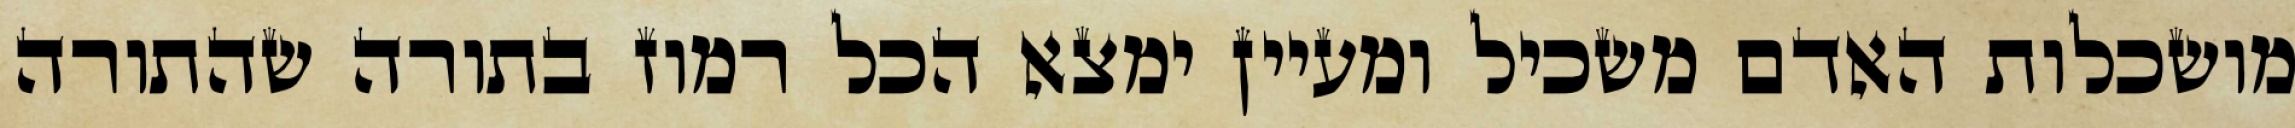
מושכלות האדם משכיל ומעיין ימצא הכל רמוז בתורה שהתורה